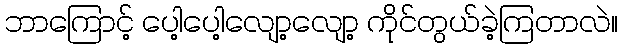
ဘာကြောင့် ပေါ့ပေါ့လျော့လျော့ ကိုင်တွယ်ခဲ့ကြတာလဲ။